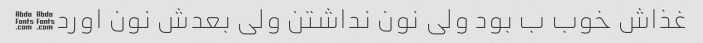
غذاش خوب ب بود ولی نون نداشتن ولی بعدش نون اورد∆∆